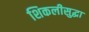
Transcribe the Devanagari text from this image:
शिकलीसुद्धा